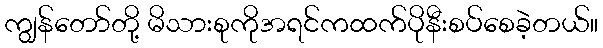
ကျွန်တော်တို့ မိသားစုကိုအရင်ကထက်ပိုနီးစပ်စေခဲ့တယ်။